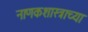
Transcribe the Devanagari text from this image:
नाणकशास्त्राच्या